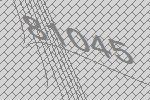
81045